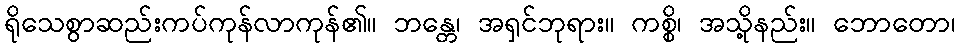
ရိုသေစွာဆည်းကပ်ကုန်လာကုန်၏။ ဘန္တေ၊ အရှင်ဘုရား။ ကစ္စိ၊ အသို့နည်း။ ဘောတော၊